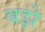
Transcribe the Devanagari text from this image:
बझे